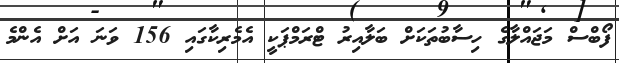
ފޯބްސް މަޖައްލާގެ ހިސާބުތަކަށް ބަލާއިރު ޓްރަމްޕަކީ އެމެރިކާގައި 156 ވަނަ އަށް އެންމެ